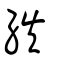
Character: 紩